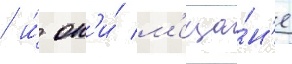
/ и́ он'и́ м'еща́н'е